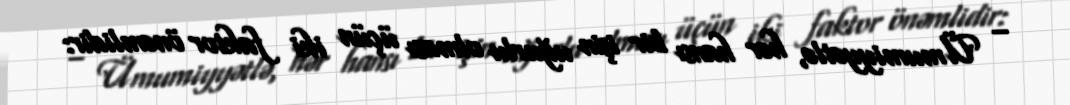
– Ümumiyyətlə, hər hansı bir işin uğurlu olması üçün iki faktor önəmlidir: